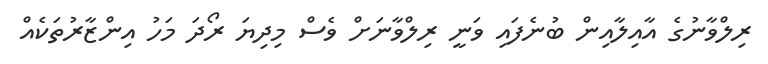
ރިލްވާނުގެ އާއިލާއިން ބުނެފައި ވަނީ ރިލްވާނަށް ވެސް މިދިޔަ ރޯދަ މަހު އިންޒާރުތަކެއް